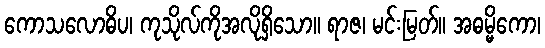
ကောသလောဓိပ၊ ကုသိုလ်ကိုအလိုရှိသော။ ရာဇ၊ မင်းမြတ်။ အဓမ္မိကော၊